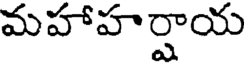
మహాహర్షాయ